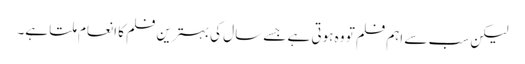
لیکن سب سے اہم فلم تو وہ ہوتی ہے جسے سال کی بہترین فلم کا انعام ملتا ہے۔